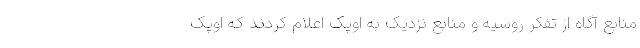
منابع آگاه از تفکر روسیه و منابع نزدیک به اوپک اعلام کردند که اوپک